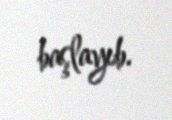
başlayıb.